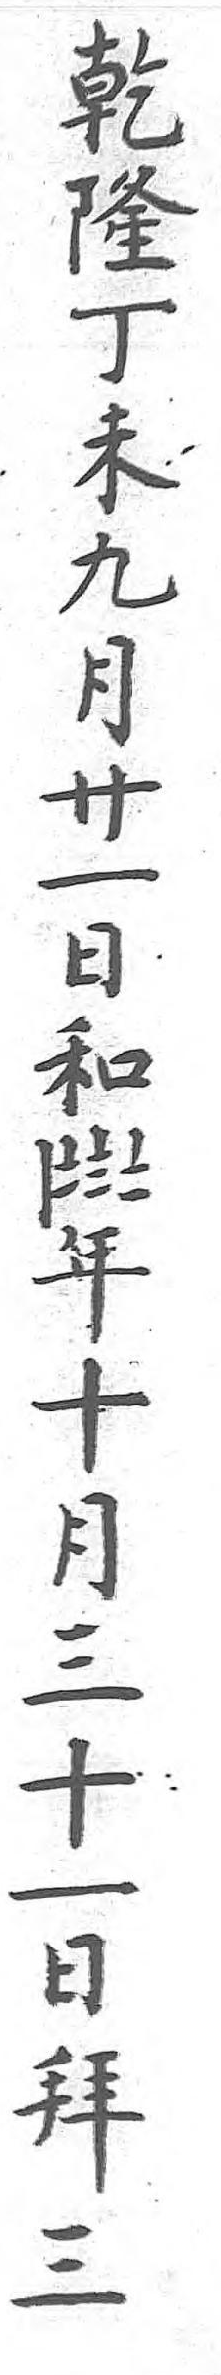
乾隆丁未年九月廿一日和〡〧〨〧年十月三十一日,拜三